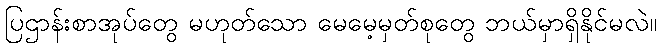
ပြဌာန်းစာအုပ်တွေ မဟုတ်သော မေမေ့မှတ်စုတွေ ဘယ်မှာရှိနိုင်မလဲ။